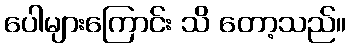
ပေါများကြောင်း သိ တော့သည်။